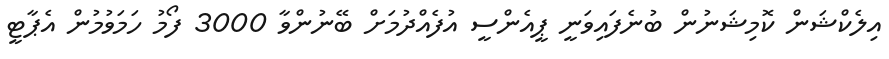
އިލެކްޝަން ކޮމިޝަނުން ބުނެފައިވަނީ ޕީއެންސީ އުފެއްދުމަށް ބޭނުންވާ 3000 ފޯމު ހަމަވުމުން އެޕާޓީ